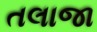
તલાજા